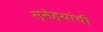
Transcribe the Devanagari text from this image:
स्नेह्यांची